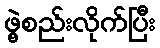
ဖွဲ့စည်းလိုက်ပြီး